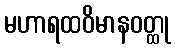
မဟာရထဝိမာနဝတ္ထု